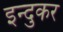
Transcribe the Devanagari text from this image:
इन्दुकर